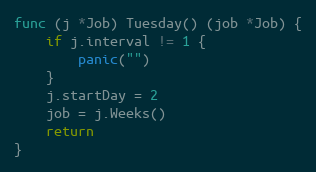
Language: Go
func (j *Job) Tuesday() (job *Job) {
	if j.interval != 1 {
		panic("")
	}
	j.startDay = 2
	job = j.Weeks()
	return
}